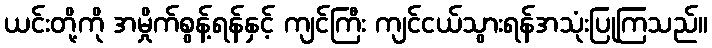
ယင်းတို့ကို အမှိုက်စွန့်ရန်နှင့် ကျင်ကြီး ကျင်ငယ်သွားရန်အသုံးပြုကြသည်။